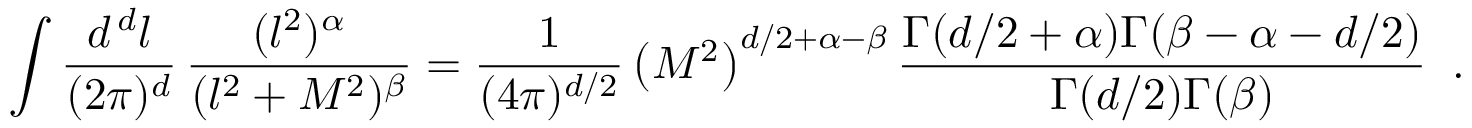
\int { \frac { d ^ { \, d } l } { ( 2 \pi ) ^ { d } } } \, { \frac { ( l ^ { 2 } ) ^ { \alpha } } { ( l ^ { 2 } + M ^ { 2 } ) ^ { \beta } } } = { \frac { 1 } { ( 4 \pi ) ^ { d / 2 } } } \left( M ^ { 2 } \right) ^ { d / 2 + \alpha - \beta } { \frac { \Gamma ( d / 2 + \alpha ) \Gamma ( \beta - \alpha - d / 2 ) } { \Gamma ( d / 2 ) \Gamma ( \beta ) } } \; \; .